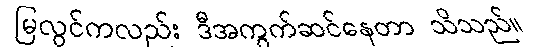
မြလွင်ကလည်း ဒီအကွက်ဆင်နေတာ သိသည်။